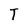
Character: T